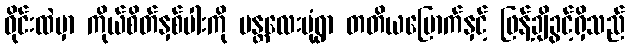
ဝိုင်းထဲမှာ ကိုယ်စိတ်နှစ်ပါးကို မန္တလေးမုံရွာ တတိယမြောက်နှင့် ဖြန့်ချိခွင့်ရှိသည်